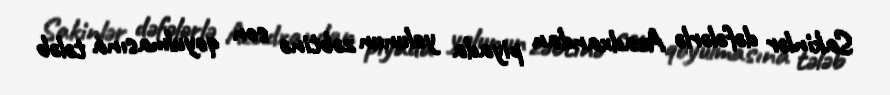
Sakinlər dəfələrlə Azadxandan piyada yolunun zəbtinə son qoyulmasına tələb